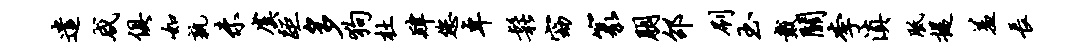
遣咸俱如孰未虞距多狗杜肄您卓松窈篆朋邵刷玉戴关李滇胝提羞长